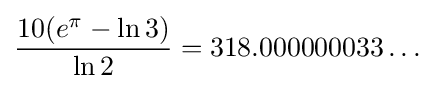
{\frac {10(e^{\pi }-\ln 3)}{\ln 2}}=318.000000033\ldots